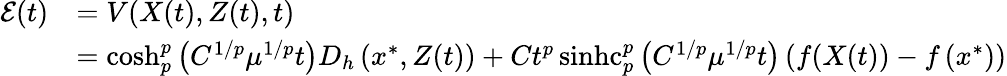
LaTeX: \begin{array}{rl}{\mathcal{E}(t)}&{=V(X(t),Z(t),t)}\\ &{=\cosh_{p}^{p}\left(C^{1/p}\mu^{1/p}t\right)D_{h}\left(x^{*},Z(t)\right)+Ct^{p}\operatorname{sinhc}_{p}^{p}\left(C^{1/p}\mu^{1/p}t\right)\left(f(X(t))-f\left(x^{*}\right)\right)}\end{array}